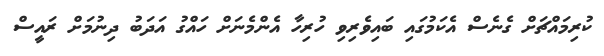
ކުރިމައްޗަށް ގެނެސް އެކަމުގައި ބައިވެރިވި ހުރިހާ އެންމެނަށް ހައްގު އަދަބު ދިނުމަށް ރައީސް